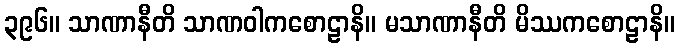
၃၉၆။ သာဏာနီတိ သာဏဝါကစောဠာနိ။ မသာဏာနီတိ မိဿကစောဠာနိ။